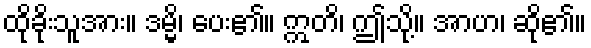
ထိုခိုးသူအား။ ဒမ္မိ၊ ပေး၏။ ဣတိ၊ ဤသို့။ အာဟ၊ ဆို၏။